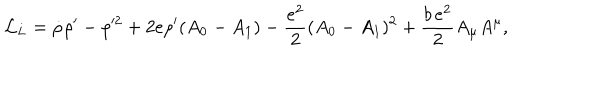
LaTeX: { \cal L } _ { L } = \dot { \rho } \rho ^ { \prime } - \rho ^ { 2 } + 2 e \rho ^ { \prime } ( A _ { 0 } - A _ { 1 } ) - { \frac { e ^ { 2 } } { 2 } } ( A _ { 0 } - A _ { 1 } ) ^ { 2 } + \frac { b \, e ^ { 2 } } { 2 } A _ { \mu } A ^ { \mu } ,